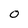
Character: O